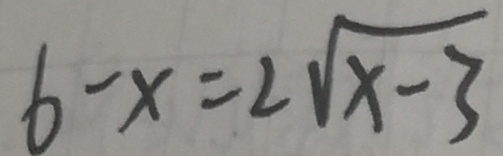
6 - x = 2 \sqrt { x - 3 }